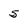
Character: 5